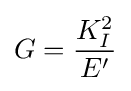
G={\frac {K_{I}^{2}}{E'}}